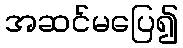
အဆင်မပြေ၍